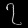
Digit: ၇